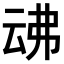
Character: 𠄴